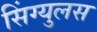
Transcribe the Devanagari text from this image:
सिंग्युलस